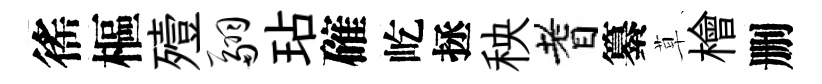
徭樞殪翮玷確屹拯秧耆纂草檜删